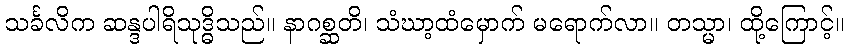
သင်္ခလိက ဆန္ဒပါရိသုဒ္ဓိသည်။ နာဂစ္ဆတိ၊ သံဃာ့ထံမှောက် မရောက်လာ။ တသ္မာ၊ ထို့ကြောင့်။